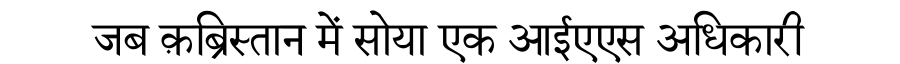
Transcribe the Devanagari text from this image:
जब क़ब्रिस्तान में सोया एक आईएएस अधिकारी